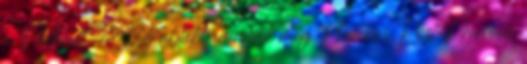
a Pinterest-en Új ablakban nyílik meg Previous Post Previous